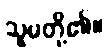
သူမတို့၏။